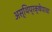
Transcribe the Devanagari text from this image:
अस्थिप्रक्षेपाचा